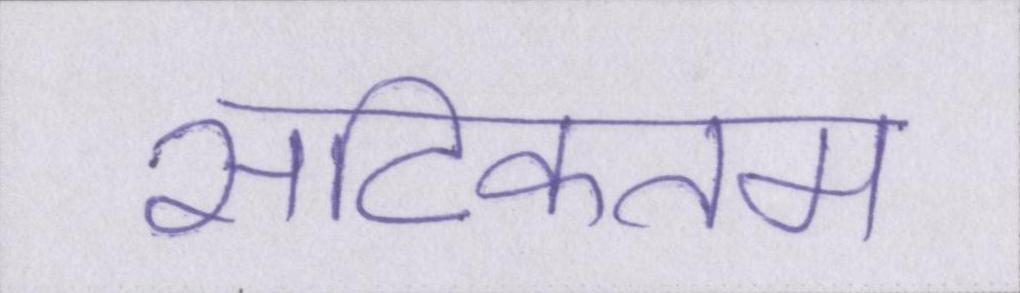
सटिकतम